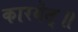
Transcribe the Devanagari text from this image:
कारयेत्॥